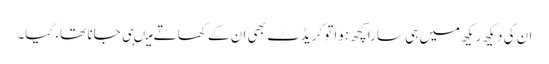
ان کی دیکھ ریکھ میں ہی سارا کچھ ہواتو کریڈٹ بھی ان کے کھاتے میںہی جانا تھا، گیا۔